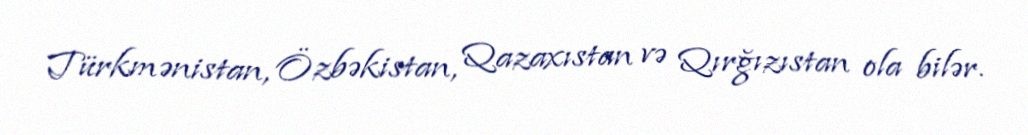
Türkmənistan, Özbəkistan, Qazaxıstan və Qırğızıstan ola bilər.